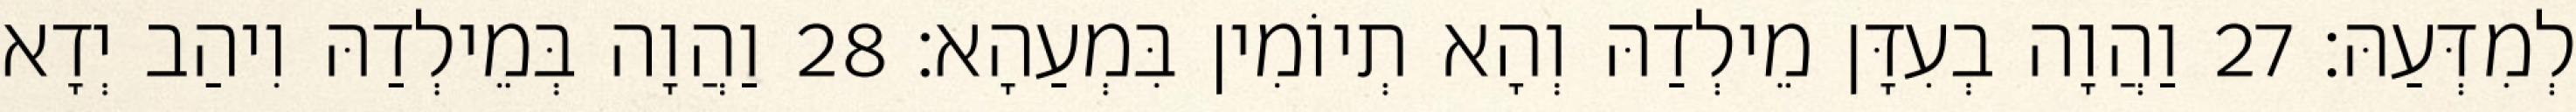
לְמִדְּעַהּ׃ 27 וַהֲוָה בְעִדָּן מֵילְדַהּ וְהָא תְיוֹמִין בִּמְעַהָא׃ 28 וַהֲוָה בְּמֵילְדַהּ וִיהַב יְדָא